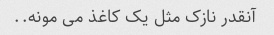
آنقدر نازک مثل یک کاغذ می مونه..